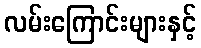
လမ်းကြောင်းများနှင့်